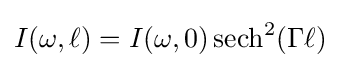
I(\omega ,\ell )=I(\omega ,0)\operatorname {sech} ^{2}(\Gamma \ell )